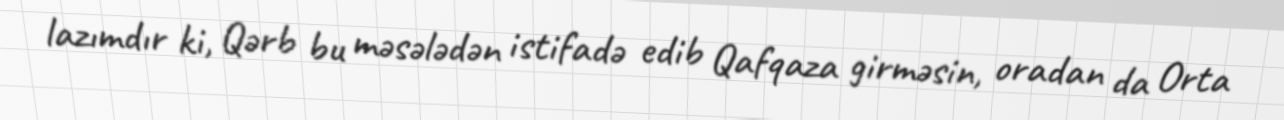
lazımdır ki, Qərb bu məsələdən istifadə edib Qafqaza girməsin, oradan da Orta